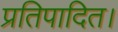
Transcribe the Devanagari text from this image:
प्रतिपादित।